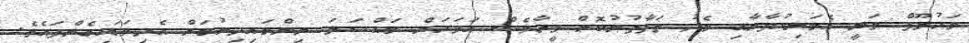
މަހުލޫފް ވަނީ އެމަނިކުފާނާއި މެދު ތަފާތުނުކޮށް ވީހާވެސް އަވަހަށް މައްސަލަ ނިންމައިދިނުމަށް އެދިވަޑައިގެންފައެވެ.